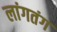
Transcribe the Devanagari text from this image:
लांगतंग